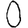
Digit: 0